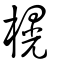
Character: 榥